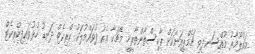
މައުލޫމާތު މުއްސަނދިވި ޗެމްޕިއަނަކަށް ޕާކިސްތާންތާރީޚީ މެޗަކާ އެކު ފުވައްމުލަކު ކްރިކެޓް ދަނޑު ހުޅުވައިފިކްރިކެޓް